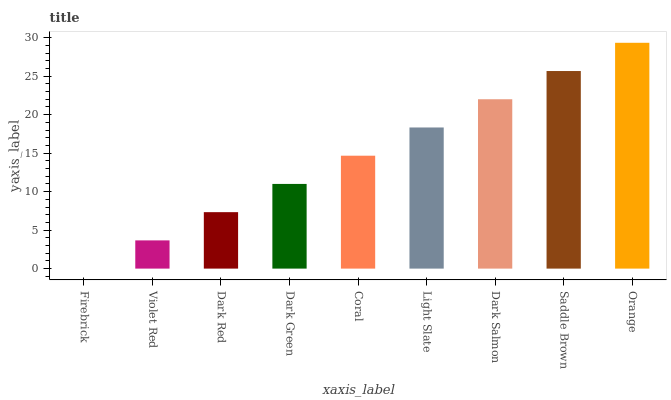
| xaxis_label | bars |
 | --- | --- |
 | Firebrick | 0 |
 | Violet Red | 3.67 |
 | Dark Red | 7.33 |
 | Dark Green | 11 |
 | Coral | 14.7 |
 | Light Slate | 18.3 |
 | Dark Salmon | 22 |
 | Saddle Brown | 25.7 |
 | Orange | 29.3 |